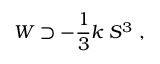
W \supset - { \frac { 1 } { 3 } } k \; S ^ { 3 } \; ,